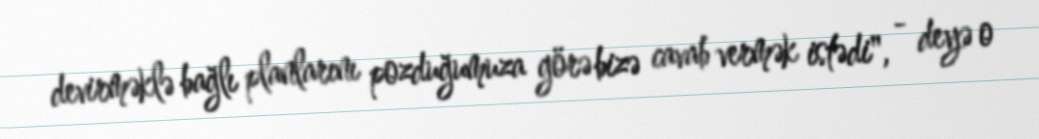
devirməklə bağlı planlarını pozduğumuza görə bizə cavab vermək istədi", - deyə o